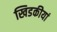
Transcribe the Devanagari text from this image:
खिडकीयां